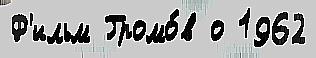
Ф'ильм Громо́в о 1962